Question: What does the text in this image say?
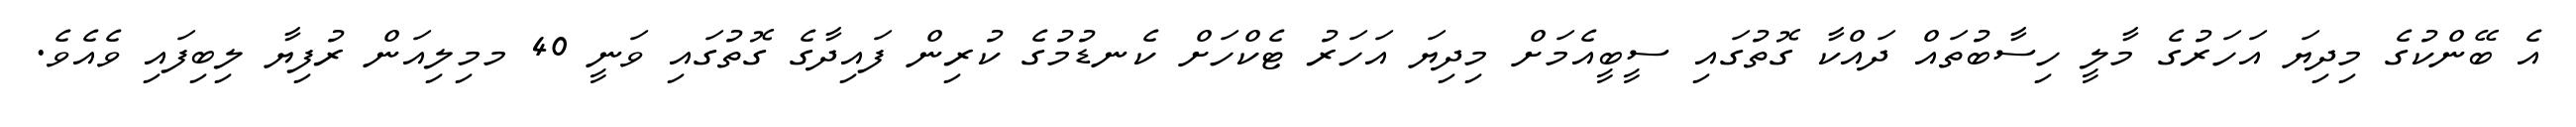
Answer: އެ ބޭންކުގެ މިދިޔަ އަހަރުގެ މާލީ ހިސާބުތައް ދައްކާ ގޮތުގައި ސީބީއެމަށް މިދިޔަ އަހަރު ޓެކްހަށް ކެނޑުމުގެ ކުރިން ފައިދާގެ ގޮތުގައި ވަނީ 40 މމިލިއަން ރުފިޔާ ލިބިފައި ވެއެވެ.